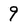
Character: 9